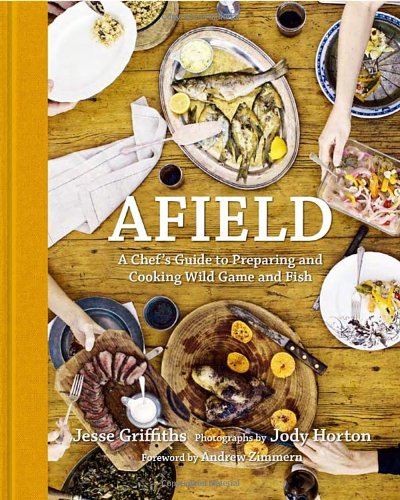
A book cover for Afield: A Chef's Guide to Preparing and Cooking Wild Game and Fish; Jesse Griffiths; Cookbooks, Food & Wine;